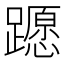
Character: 𨆸